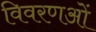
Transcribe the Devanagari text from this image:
विवरणओं